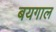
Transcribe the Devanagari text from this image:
बयगाल